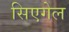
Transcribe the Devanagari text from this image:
सिएगेल